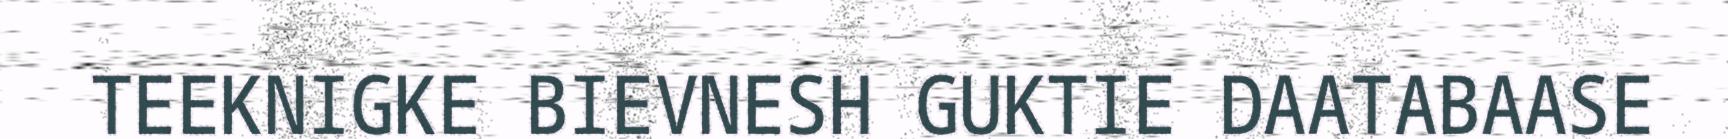
TEEKNIGKE BIEVNESH GUKTIE DAATABAASE